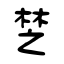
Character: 椘